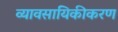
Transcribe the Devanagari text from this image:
व्यावसायिकीकरण